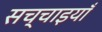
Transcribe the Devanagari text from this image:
सच्चाइयाँ